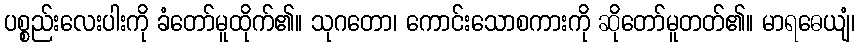
ပစ္စည်းလေးပါးကို ခံတော်မူထိုက်၏။ သုဂတော၊ ကောင်းသောစကားကို ဆိုတော်မူတတ်၏။ မာရဓေယျံ၊